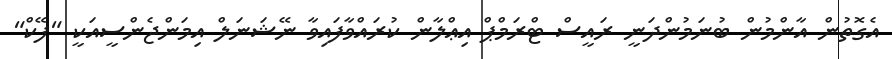
އެގޮތުން އާންމުން ބުނަމުންދަނީ ރައީސް ޓްރަމްޕް އިޢްލާން ކުރައްވާފައިވާ ނޭޝަނަލް އިމަންޖެންސީއަކީ "ފޭކް"